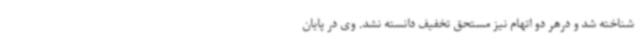
شناخته شد و درهر دو اتهام نیز مستحق تخفیف دانسته نشد. وی در پایان